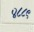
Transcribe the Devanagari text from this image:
४८८९